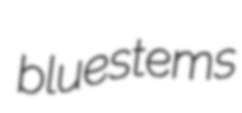
bluestems